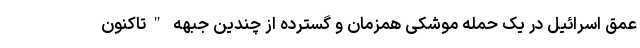
عمق اسرائیل در یک حمله موشکی همزمان و گسترده از چندین جبهه "تاکنون